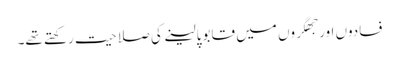
فسادوں اور جھگروں میں قابو پالینے کی صلاحیت رکھتے تھے۔